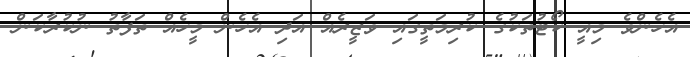
އެހެންވެ މިއީ ކޯޓުތަކުގެ ކުރިމަތީގައި ވަޒީރެއް އަދި އެހެން މީހެއް ތަފާތު ނުކުރާކަން